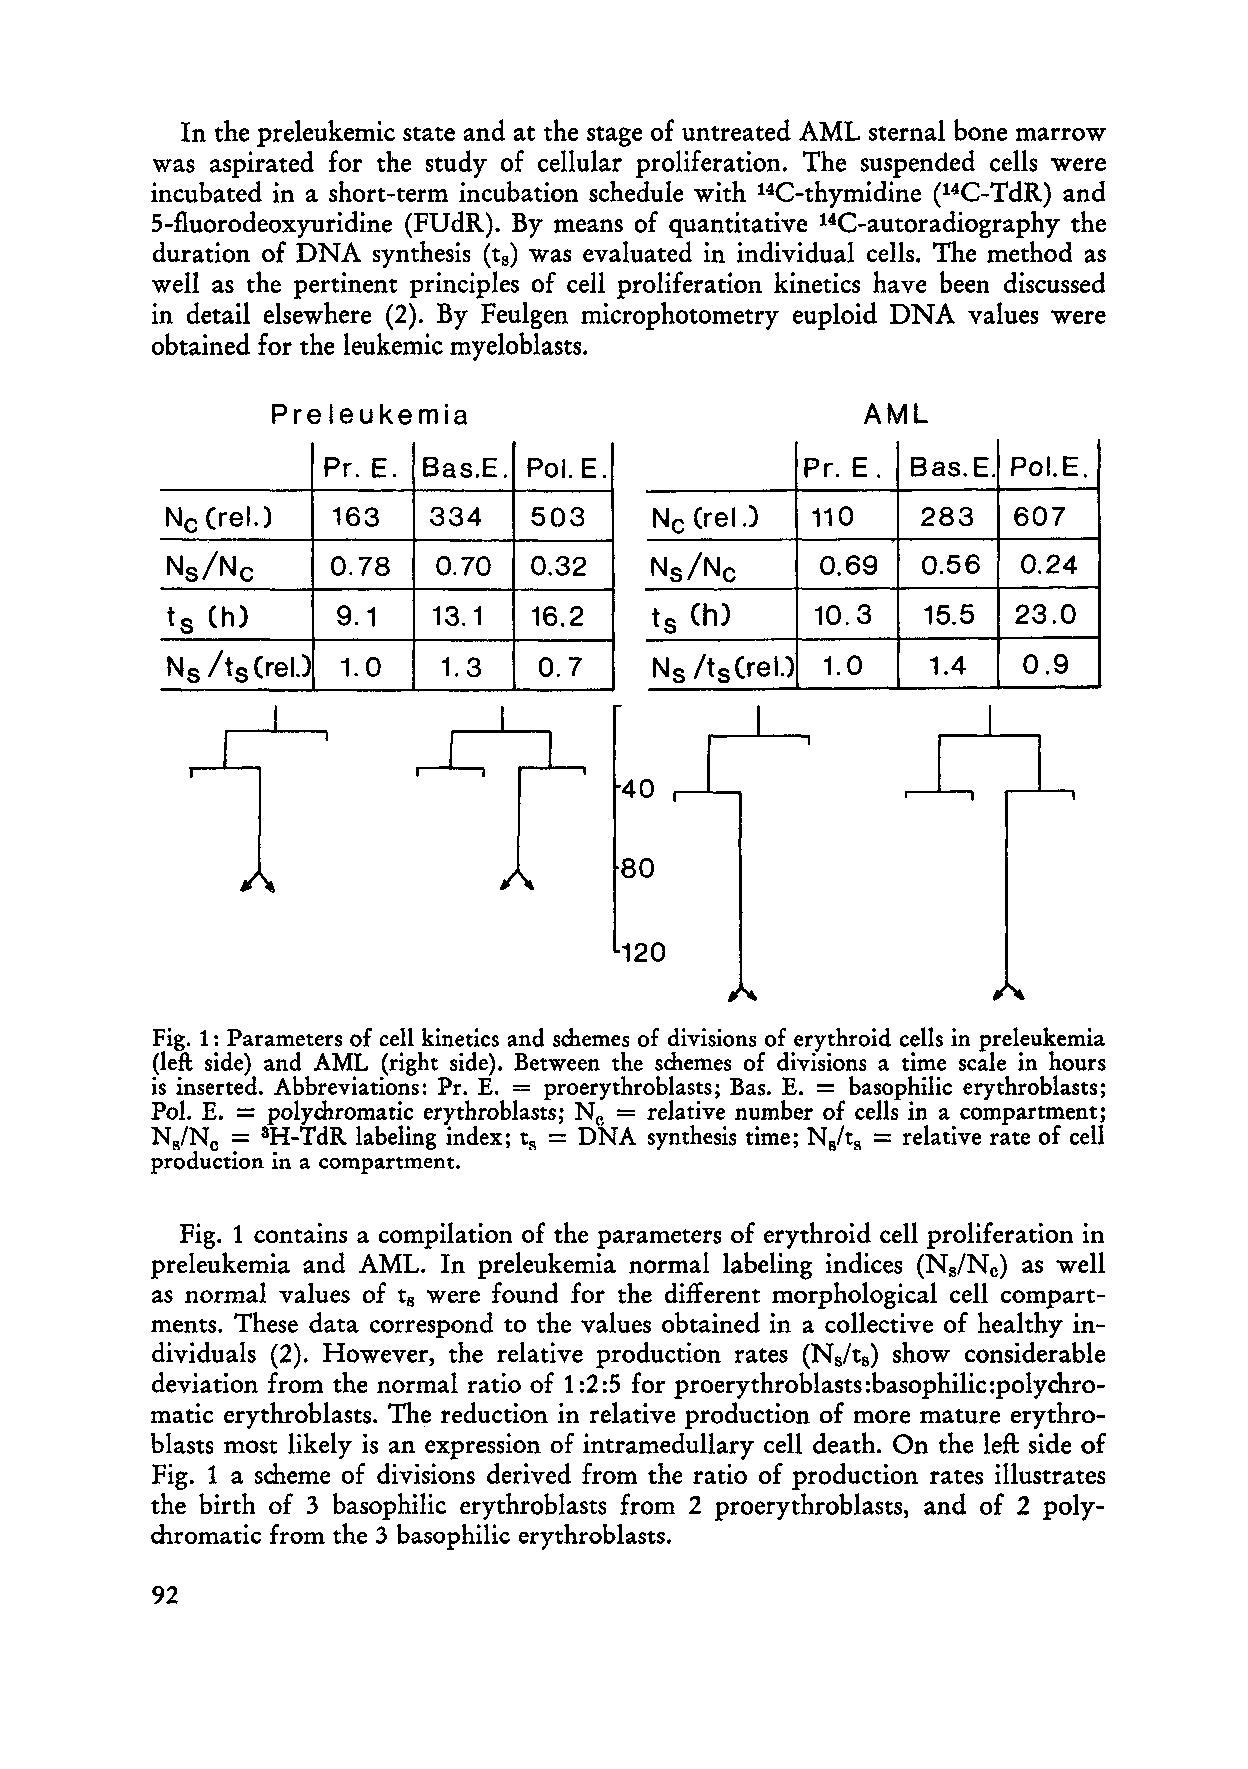
In the preleukemic state and at the stage of untreated AML sternal bone marrow
 was aspirated for the study of cellular proliferation. The suspended cells were
 incubated in a short-term incubation schedule with 14C-thymidine (14C-TdR) and
 5-fluorodeoxyuridine (FUdR). By me ans of quantitative 14C-autoradiography the
 duration of DNA synthesis (ts) was evaluated in individual cells. The method as
 weIl as the pertinent principles of cell proliferation kinetics have been discussed
 in detail elsewhere (2). By Feulgen microphotometry euploid DNA values were
 obtained for the leukemic myeloblasts.
 Preleukemia                            AML
 Pr. E. Bas.E. Pol. E.           Pr. E. Bas.E. PoI.E.
 Ne (re!.)  163   334    503     Ne (rel J  110    283   607
 Ns/Ne      0.78   0.70  0.32    Ns/Ne      0.69   0.56   0.24
 ts (h)     9.1    13.1  16.2    t
 s
 (h)     10.3   15.5  23.0
 N s Its(relJ 1.0  1.3    0.7    N s /t s (re!.) 1.0 1.4  0.9
 40
 80
 120
 Fig. 1: Parameters of cell kinetics and smemes of divisions of erythroid cells in preleukemia
 (left side) and AML (right side). Between the smemes of divisions a time scale in hours
 =
 is inserted. Abbreviations: Pr. E. = proerythroblasts; Bas. E. basophilic erythroblasts;
 Pol. E. = polymromatic erythroblasts; Ne = relative number of cells in a compartment;
 Ns/Ne = 3H-TdR labeling index; t
 s
 = DNA  synthesis time; Nglt
 s
 = relative rate of cell
 production in a compartment.
 Fig. 1 contains a compilation of the parameters of erythroid cell proliferation in
 preleukemia and AML. In preleukemia normal labeling indices (Ns/N e) as weIl
 as normal values of ts were found for the different morphological cell compart
 ments. These data correspond to the values obtained in a collective of healthy in
 dividuals (2). However, the relative production rates (Ns/ts) show considerable
 deviation from the normal ratio of 1 :2:5 for proerythroblasts:basophilic:polymro
 matic erythroblasts. Th~ reduction in relative production of more mature erythro
 blasts most likely is an expression of intramedullary cell death. On the left side of
 Fig. 1 a scheme of divisions derived from the ratio of production rates illustrates
 the birth of 3 basophilic erythroblasts from 2 proerythroblasts, and of 2 poly
 chromatic from the 3 basophilic erythroblasts.
 92